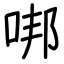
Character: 𠳐